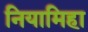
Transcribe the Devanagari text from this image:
नियामिहा